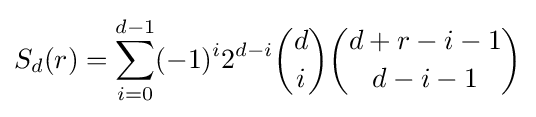
S_{d}(r)=\sum _{i=0}^{d-1}(-1)^{i}2^{d-i}{d \choose i}{d+r-i-1 \choose d-i-1}